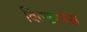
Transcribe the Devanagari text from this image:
विल्डरनेस